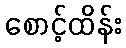
စောင့်ထိန်း